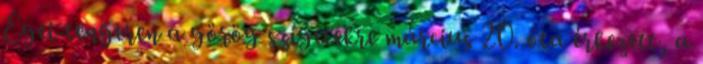
Égei-tengeren a görög szigetekre március 20. óta érkezett, a